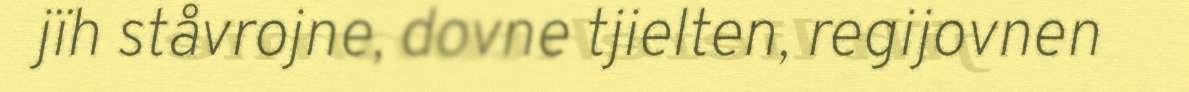
jïh ståvrojne, dovne tjielten, regijovnen